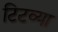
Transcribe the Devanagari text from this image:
टिटव्या